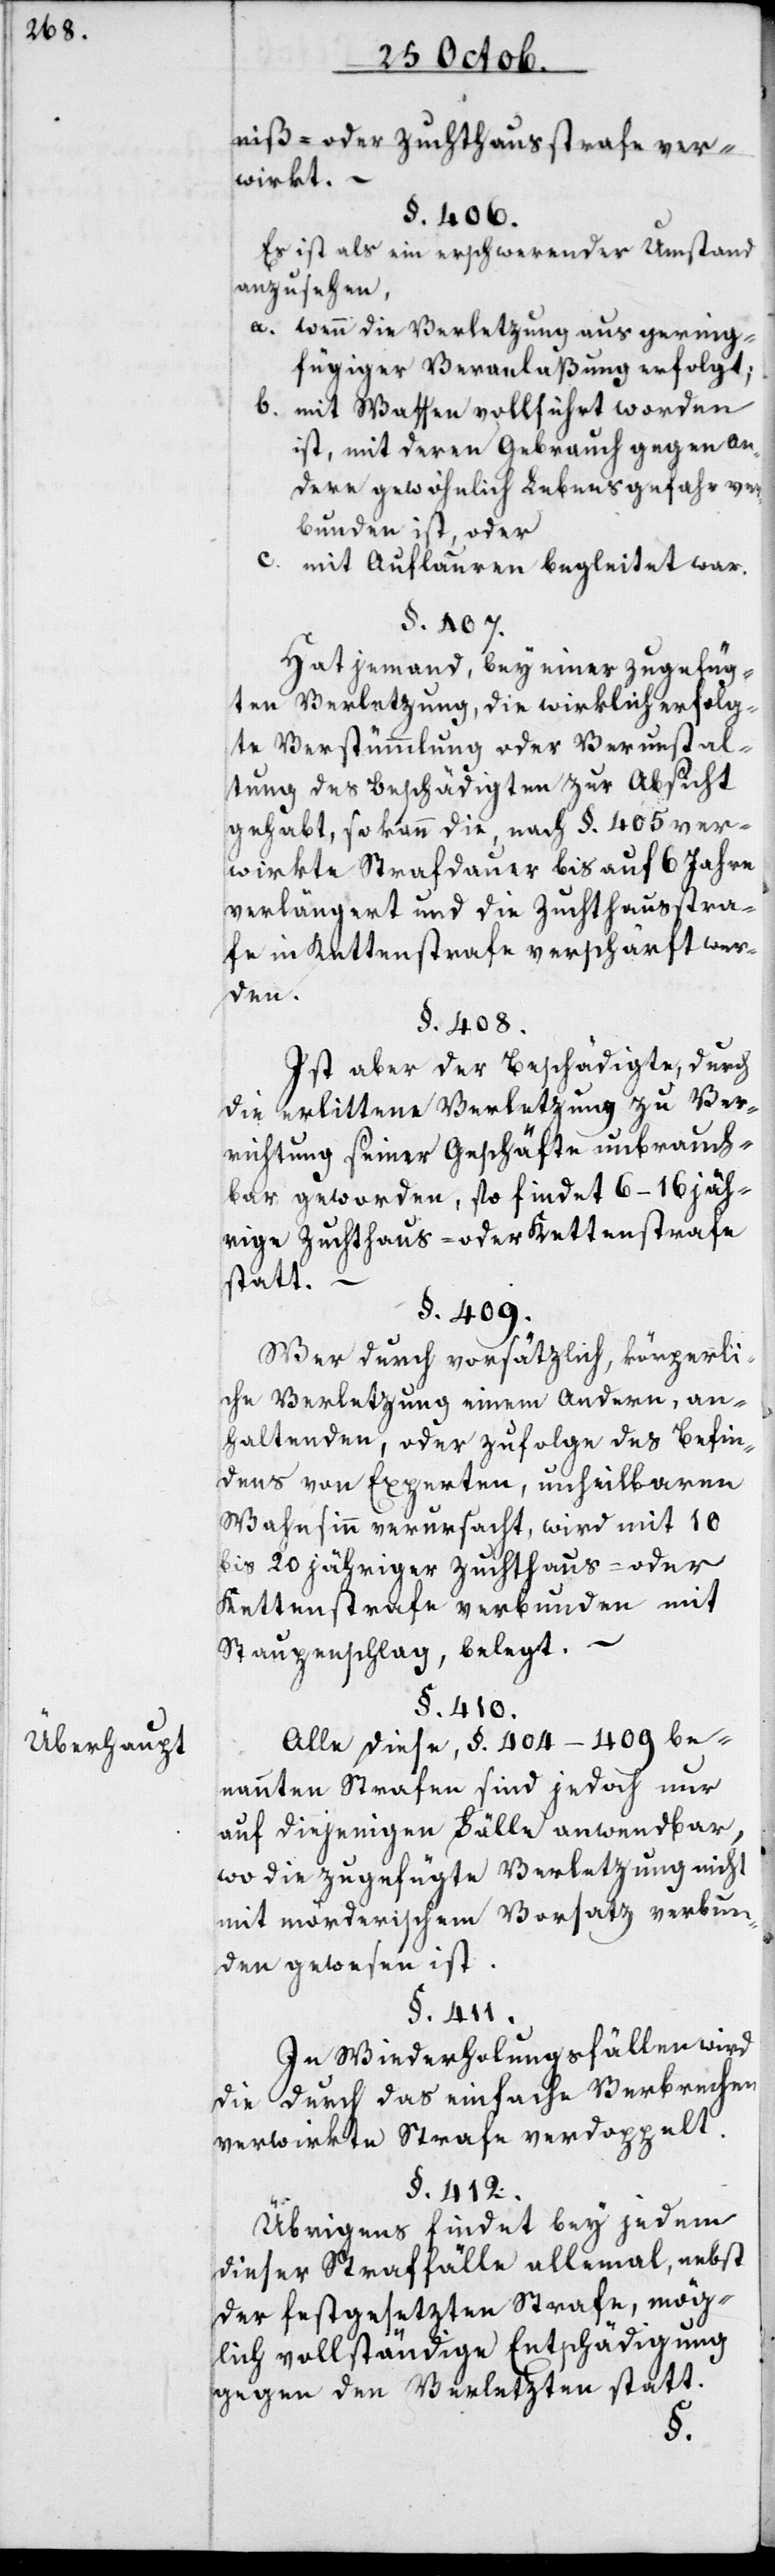
Überhaupt.

niß- oder Zuchthausstrafe ver¬
wirkt. –
§. 406.
Es ist als ein erschwerender Umstand
anzusehen,
a. wenn die Verletzung aus gering¬
fügiger Veranlaßung erfolgt;
b. mit Waffen vollführt worden
ist, mit deren Gebrauch gegen an¬
dere gewöhnlich Lebensgefahr ver¬
bunden ist, oder
c. mit Auflauern begleitet war.
§. 407.
Hat jemand, bey einer zugefüg¬
ten Verletzung, die wirklich erfolg¬
te Verstümmlung oder Verunstal¬
tung des Beschädigten zur Absicht
gehabt, so kann die, nach §. 405 ver¬
wirkte Strafdauer bis auf 6 Jahre
verlängert und die Zuchthausstra¬
fe in Kettenstrafe verschärft wer¬
den.
§. 408.
Ist aber der Beschädigte, durch
die erlittene Verletzung zu Ver¬
richtung seiner Geschäfte unbrauch¬
bar geworden, so findet 6–16 jäh¬
rige Zuchthaus- oder Kettenstrafe
statt.
§. 409.
Wer durch vorsätzlich[e], körperli¬
che Verletzung einem Andern, an¬
haltenden, oder zufolge des Befin¬
dens von Experten, unheilbaren
Wahnsinn verursacht, wird mit
10–20 jähriger Zuchthaus- oder
Kettenstrafe verbunden mit
Staupenschlag, belegt.
§. 410.
Alle diese, §. 404–409 be¬
nannten Strafen sind jedoch nur
auf diejenigen Fälle anwendbar,
wo die zugefügte Verletzung nicht
mit mörderischem Vorsatz verbun¬
den gewesen ist.
§. 411.
In Wiederholungsfällen wird
die durch das einfache Verbrechen
verwirkte Strafe verdoppelt.
§. 412.
Übrigens findet bey jedem
dieser Straffälle allemal, nebst
der festgesetzten Strafe, mög¬
lich vollständige Entschädigung
gegen den Verlezten statt.